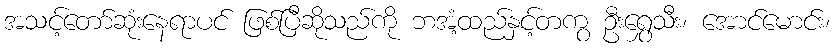
အသင့်တော်ဆုံးနေရာပင် ဖြစ်ပြီဆိုသည်ကို ဘအံ့ထည်နှင့်တကွ ဦးရွှေသီး၊ အောင်မောင်း၊